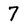
Character: 7